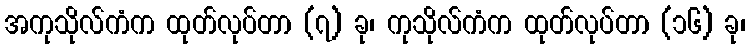
အကုသိုလ်ကံက ထုတ်လုပ်တာ (၇) ခု၊ ကုသိုလ်ကံက ထုတ်လုပ်တာ (၁၆) ခု၊